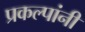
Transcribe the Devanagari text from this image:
प्रकल्पांनी